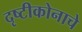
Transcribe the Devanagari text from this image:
दृष्टीकोनाचे